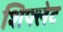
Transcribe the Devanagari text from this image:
शिफ्लेट